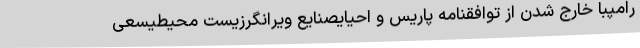
رامپبا خارج شدن از توافقنامه پاریس و احیایصنایع ویرانگرزیست محیطیسعی